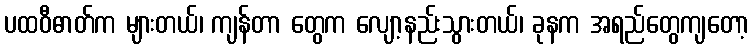
ပထဝီဓာတ်က များတယ်၊ ကျန်တာ တွေက လျော့နည်းသွားတယ်၊ ခုနက အရည်တွေကျတော့